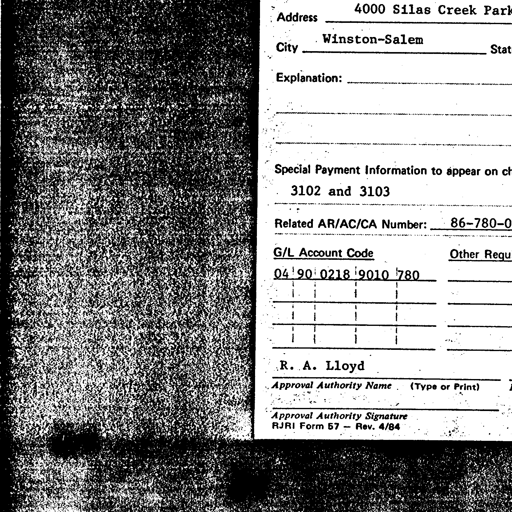
Address 4000 Silas Creek Park
City Winston-Salem Stat
Explanation:
Special Payment Information to appear on ch
3102 and 3103
Related AR/AC/CA Number: 86-780-0
G/L Account Code Other Requ
04 90 0218 9010 780
R. A. Lloyd
Approval Authority Name (Type or Print)
Approval Authority Signature
RJRI Form 57 - Rev. 4/84